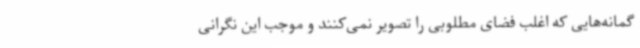
گمانه‌هایی که اغلب فضای مطلوبی را تصویر نمی‌کنند و موجب این نگرانی